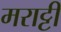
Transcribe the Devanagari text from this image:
मराट्टी